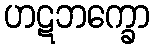
ဟဋဘက္ခော